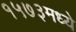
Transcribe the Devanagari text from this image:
१५७३मध्ये